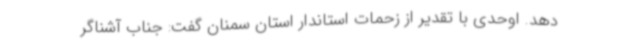
دهد. اوحدی با تقدیر از زحمات استاندار استان سمنان گفت: جناب آشناگر